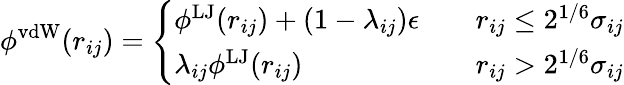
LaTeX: \phi^{\mathrm{vdW}}(r_{ij})=\left\{ \begin{array}{ll}{\phi^{\mathrm{LJ}}(r_{ij})+(1-\lambda_{ij})\epsilon}&{\quad r_{ij}\leq 2^{1/6}\sigma_{ij}}\\ {\lambda_{ij}\phi^{\mathrm{LJ}}(r_{ij})}&{\quad r_{ij}>2^{1/6}\sigma_{ij}}\end{array}\right.